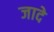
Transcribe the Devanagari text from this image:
जादे